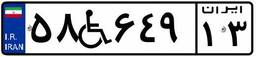
۵۸W۶۴۹۱۳